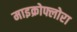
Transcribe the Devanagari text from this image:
माइक्रोफ्लोरा